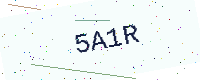
Text: 5A1R